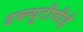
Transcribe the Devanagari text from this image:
डब्ल्यूटीवीई